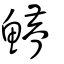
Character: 䲛